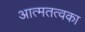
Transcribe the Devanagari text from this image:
आत्मतत्वका